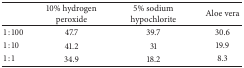
<table><thead><tr><td><b> </b></td><td><b>10% hydrogen peroxide</b></td><td><b>5% sodium hypochlorite</b></td><td><b>Aloe vera</b></td></tr></thead><tbody><tr><td>1 : 100</td><td>47.7</td><td>39.7</td><td>30.6</td></tr><tr><td>1 : 10</td><td>41.2</td><td>31</td><td>19.9</td></tr><tr><td>1 : 1</td><td>34.9</td><td>18.2</td><td>8.3</td></tr></tbody></table>